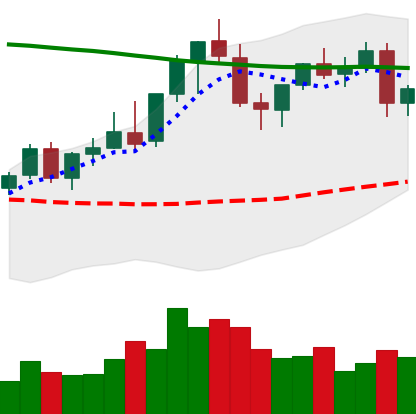
Ticker: EOS-USD
Chart end date: 2021-08-25
Forward return: -7.378%
Label: down_7plus